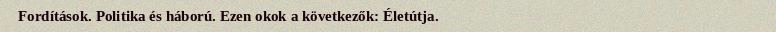
Fordítások. Politika és háború. Ezen okok a következők: Életútja.